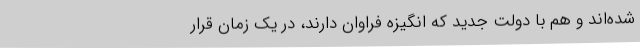
شده‌اند و هم با دولت جدید که انگیزه فراوان دارند، در یک زمان قرار